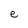
Character: e